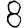
Digit: 8